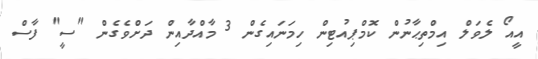
އީއޯ ލެވަލް އިމްތިޙާނުން ކޮމްޕިއުޓިން ހިމަނައިގެން 3 މާއްދާއިން ދަށްވެގެން "ސީ" ފާސް